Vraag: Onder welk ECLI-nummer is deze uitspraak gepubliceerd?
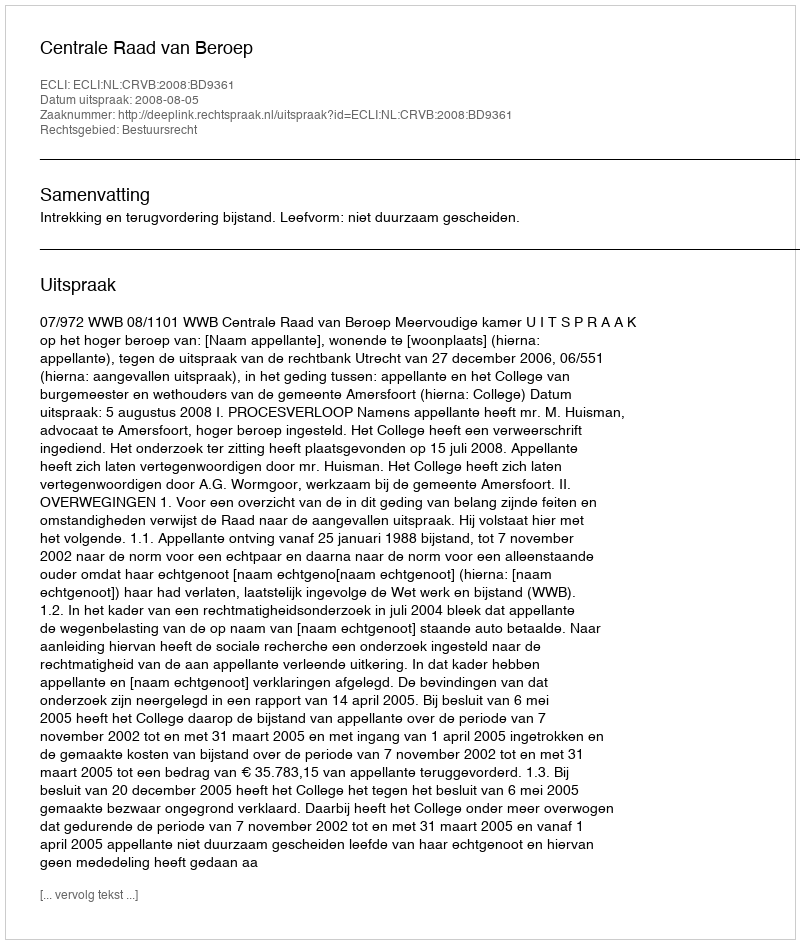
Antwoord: ECLI:NL:CRVB:2008:BD9361